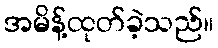
အမိန့်ထုတ်ခဲ့သည်။